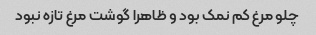
چلو مرغ کم نمک بود و ظاهرا گوشت مرغ تازه نبود